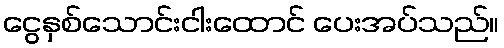
ငွေနှစ်သောင်းငါးထောင် ပေးအပ်သည်။